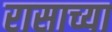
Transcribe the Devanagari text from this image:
रासाच्या